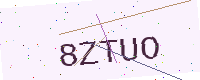
Text: 8ZTUO